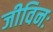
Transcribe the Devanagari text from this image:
जीविनः